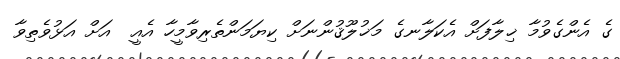
ގެ އެންގެވުމާ ޚިލާފަށް އެކަލާނގެ މަޚުލޫޤުންނަށް ކިޔަމަންތެރިވާމީހާ އެއީ  އަށް އަޅުވެތިވާ